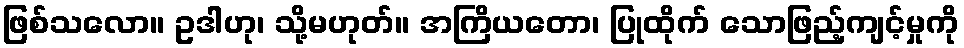
ဖြစ်သလော။ ဥဒါဟု၊ သို့မဟုတ်။ အကြိယတော၊ ပြုထိုက် သောဖြည့်ကျင့်မှုကို